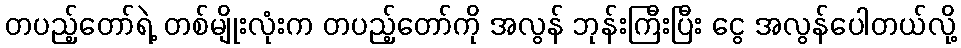
တပည့်တော်ရဲ့ တစ်မျိုးလုံးက တပည့်တော်ကို အလွန် ဘုန်းကြီးပြီး ငွေ အလွန်ပေါတယ်လို့